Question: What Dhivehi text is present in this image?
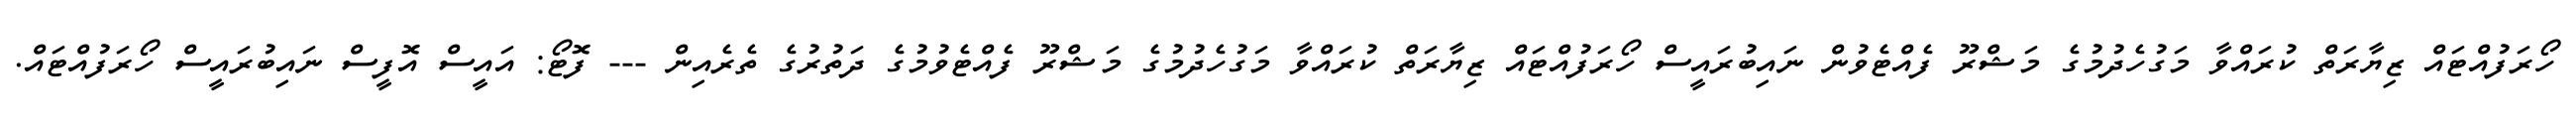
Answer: ހޯރަފުއްޓައް ޒިޔާރަތް ކުރައްވާ މަގުހެދުމުގެ މަޝްރޫ ފެއްޓެވުން ނައިބުރައީސް ހޯރަފުއްޓައް ޒިޔާރަތް ކުރައްވާ މަގުހެދުމުގެ މަޝްރޫ ފެއްޓެވުމުގެ ދަތުރުގެ ތެރެއިން --- ފޮޓޯ: އައީސް އޮފީސް ނައިބުރައީސް ހޯރަފުއްޓައް.